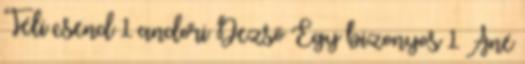
Téli csend 1 andori Dezső Egy bizonyos 1 Áné